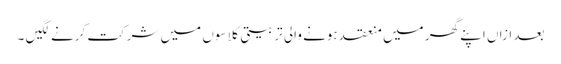
بعد ازاں اپنے گھر میں منعقد ہونے والی تربیتی کلاسوں میں شرکت کرنے لگیں ۔